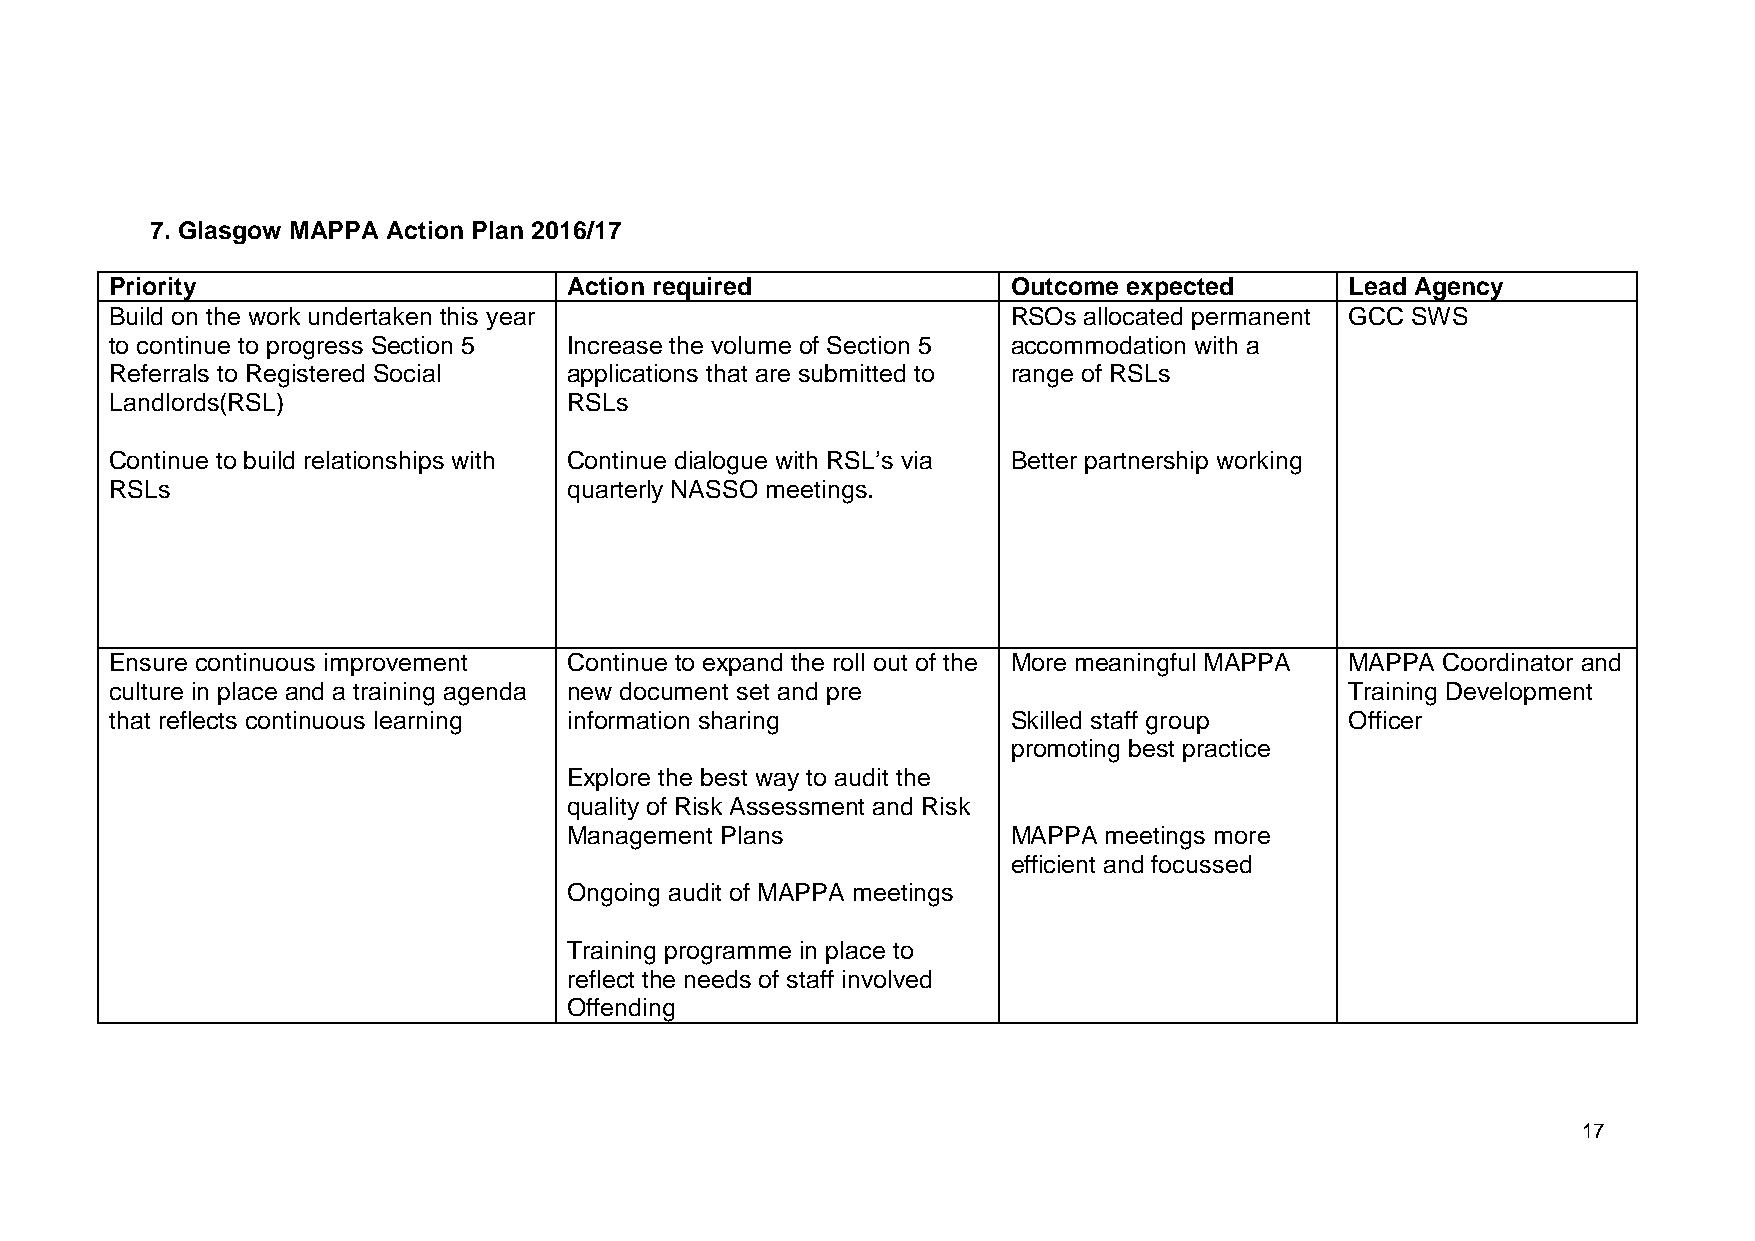
7. Glasgow MAPPA Action Plan 2016/17
 Priority                       Action required              Outcome expected      Lead Agency
 Build on the work undertaken this year                      RSOs allocated permanent GCC SWS
 to continue to progress Section 5 Increase the volume of Section 5 accommodation with a
 Referrals to Registered Social applications that are submitted to range of RSLs
 Landlords(RSL)                 RSLs
 Continue to build relationships with Continue dialogue with RSL’s via Better partnership working
 RSLs                           quarterly NASSO meetings.
 Ensure continuous improvement  Continue to expand the roll out of the More meaningful MAPPA MAPPA Coordinator and
 culture in place and a training agenda new document set and pre                   Training Development
 that reflects continuous learning information sharing       Skilled staff group   Officer
 promoting best practice
 Explore the best way to audit the
 quality of Risk Assessment and Risk
 Management Plans             MAPPA meetings more
 efficient and focussed
 Ongoing audit of MAPPA meetings
 Training programme in place to
 reflect the needs of staff involved
 Offending
 17